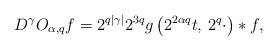
LaTeX: \begin{align*}D^\gamma O_{\alpha,q}f=2^{q|\gamma|}2^{3q}g\left(2^{2\alpha q}t,\,2^{q}\cdot\right)\ast f,\end{align*}